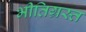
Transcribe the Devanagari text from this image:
भीतिग्रस्त